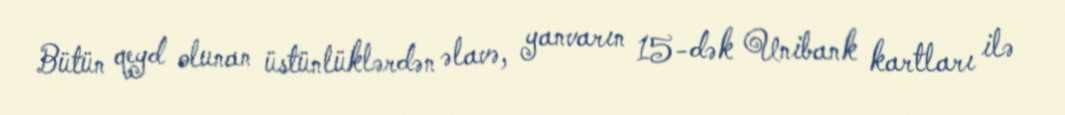
Bütün qeyd olunan üstünlüklərdən əlavə, yanvarın 15-dək Unibank kartları ilə